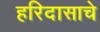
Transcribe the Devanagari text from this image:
हरिदासाचे